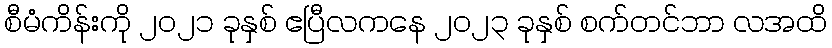
စီမံကိန်းကို ၂၀၂၁ ခုနှစ် ဧပြီလကနေ ၂၀၂၃ ခုနှစ် စက်တင်ဘာ လအထိ